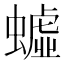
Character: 𲀄